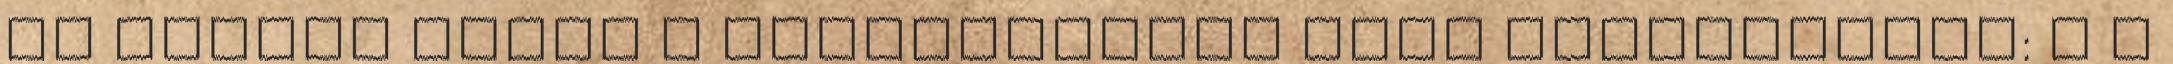
és maradó módon a következõket kell feltüntetni: c a